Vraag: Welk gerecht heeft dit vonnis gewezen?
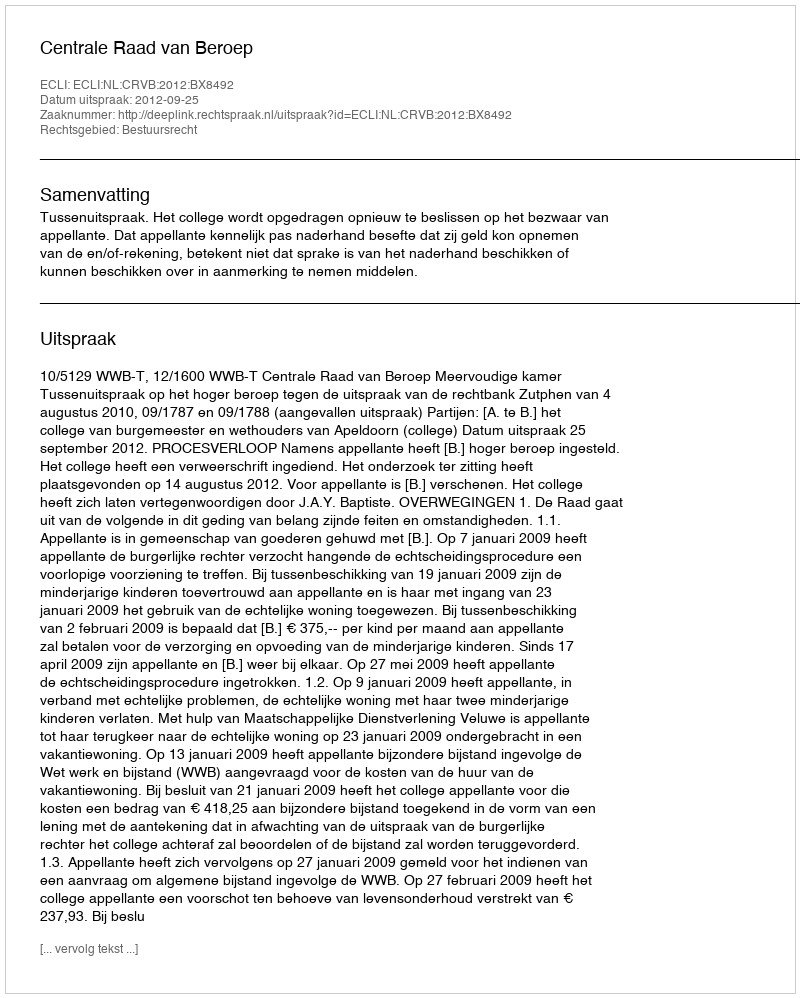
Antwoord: Centrale Raad van Beroep